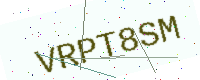
Text: VRPT8SM